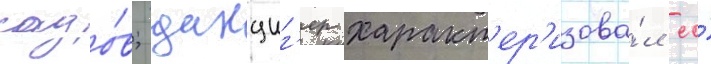
садо́в; данциг'ер характ'ер'изова́л ео́